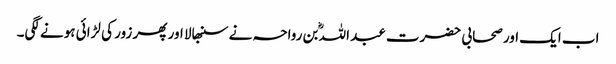
اب ایک اور صحابی حضرت عبد اللہؓ بن رواحہ نے سنبھالا اور پھر زور کی لڑائی ہونے لگی۔